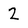
Character: 2